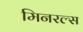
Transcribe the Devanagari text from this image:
मिनरल्‍स